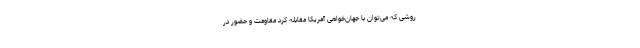
روشی که می‌توان با جهان‌خواهی آمریکا مقابله کرد مقاومت و حضور در